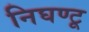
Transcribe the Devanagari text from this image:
निघण्टू